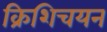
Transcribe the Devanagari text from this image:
क्रिशिचयन